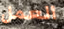
العمل